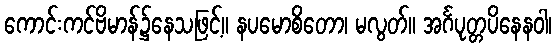
ကောင်းကင်ဗိမာန်၌နေသဖြင့်။ နပမောစိတော၊ မလွတ်။ အင်္ဂပုတ္တပိနေနဝါ၊